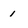
Character: 1